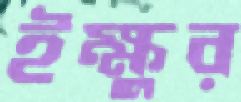
ইক্ষুর